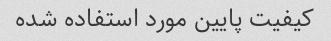
کیفیت پایین مورد استفاده شده